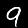
Digit: 9